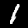
Label: 1